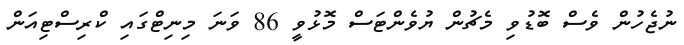
ނުޖެހުން ވެސް ބޮޑުވި މެޗުން ޔުވެންޓަސް މޮޅުވީ 86 ވަނަ މިނިޓްގައި ކްރިސްޓިއަން